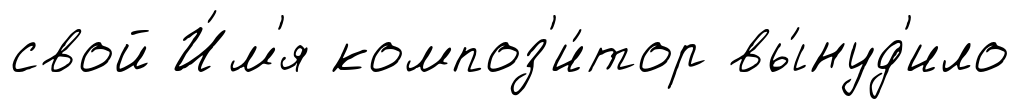
свой И́м'я композ'и́тор вы́нуд'ило